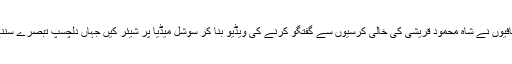
ان چند صحافیوں نے شاہ محمود قریشی کی خالی کرسیوں سے گفتگو کرنے کی ویڈیو بنا کر سوشل میڈیا پر شیئر کیں جہاں دلچسپ تبصرے سننے کو ملے۔